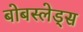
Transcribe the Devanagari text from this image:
बोबस्लेड्स